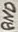
Text: GND